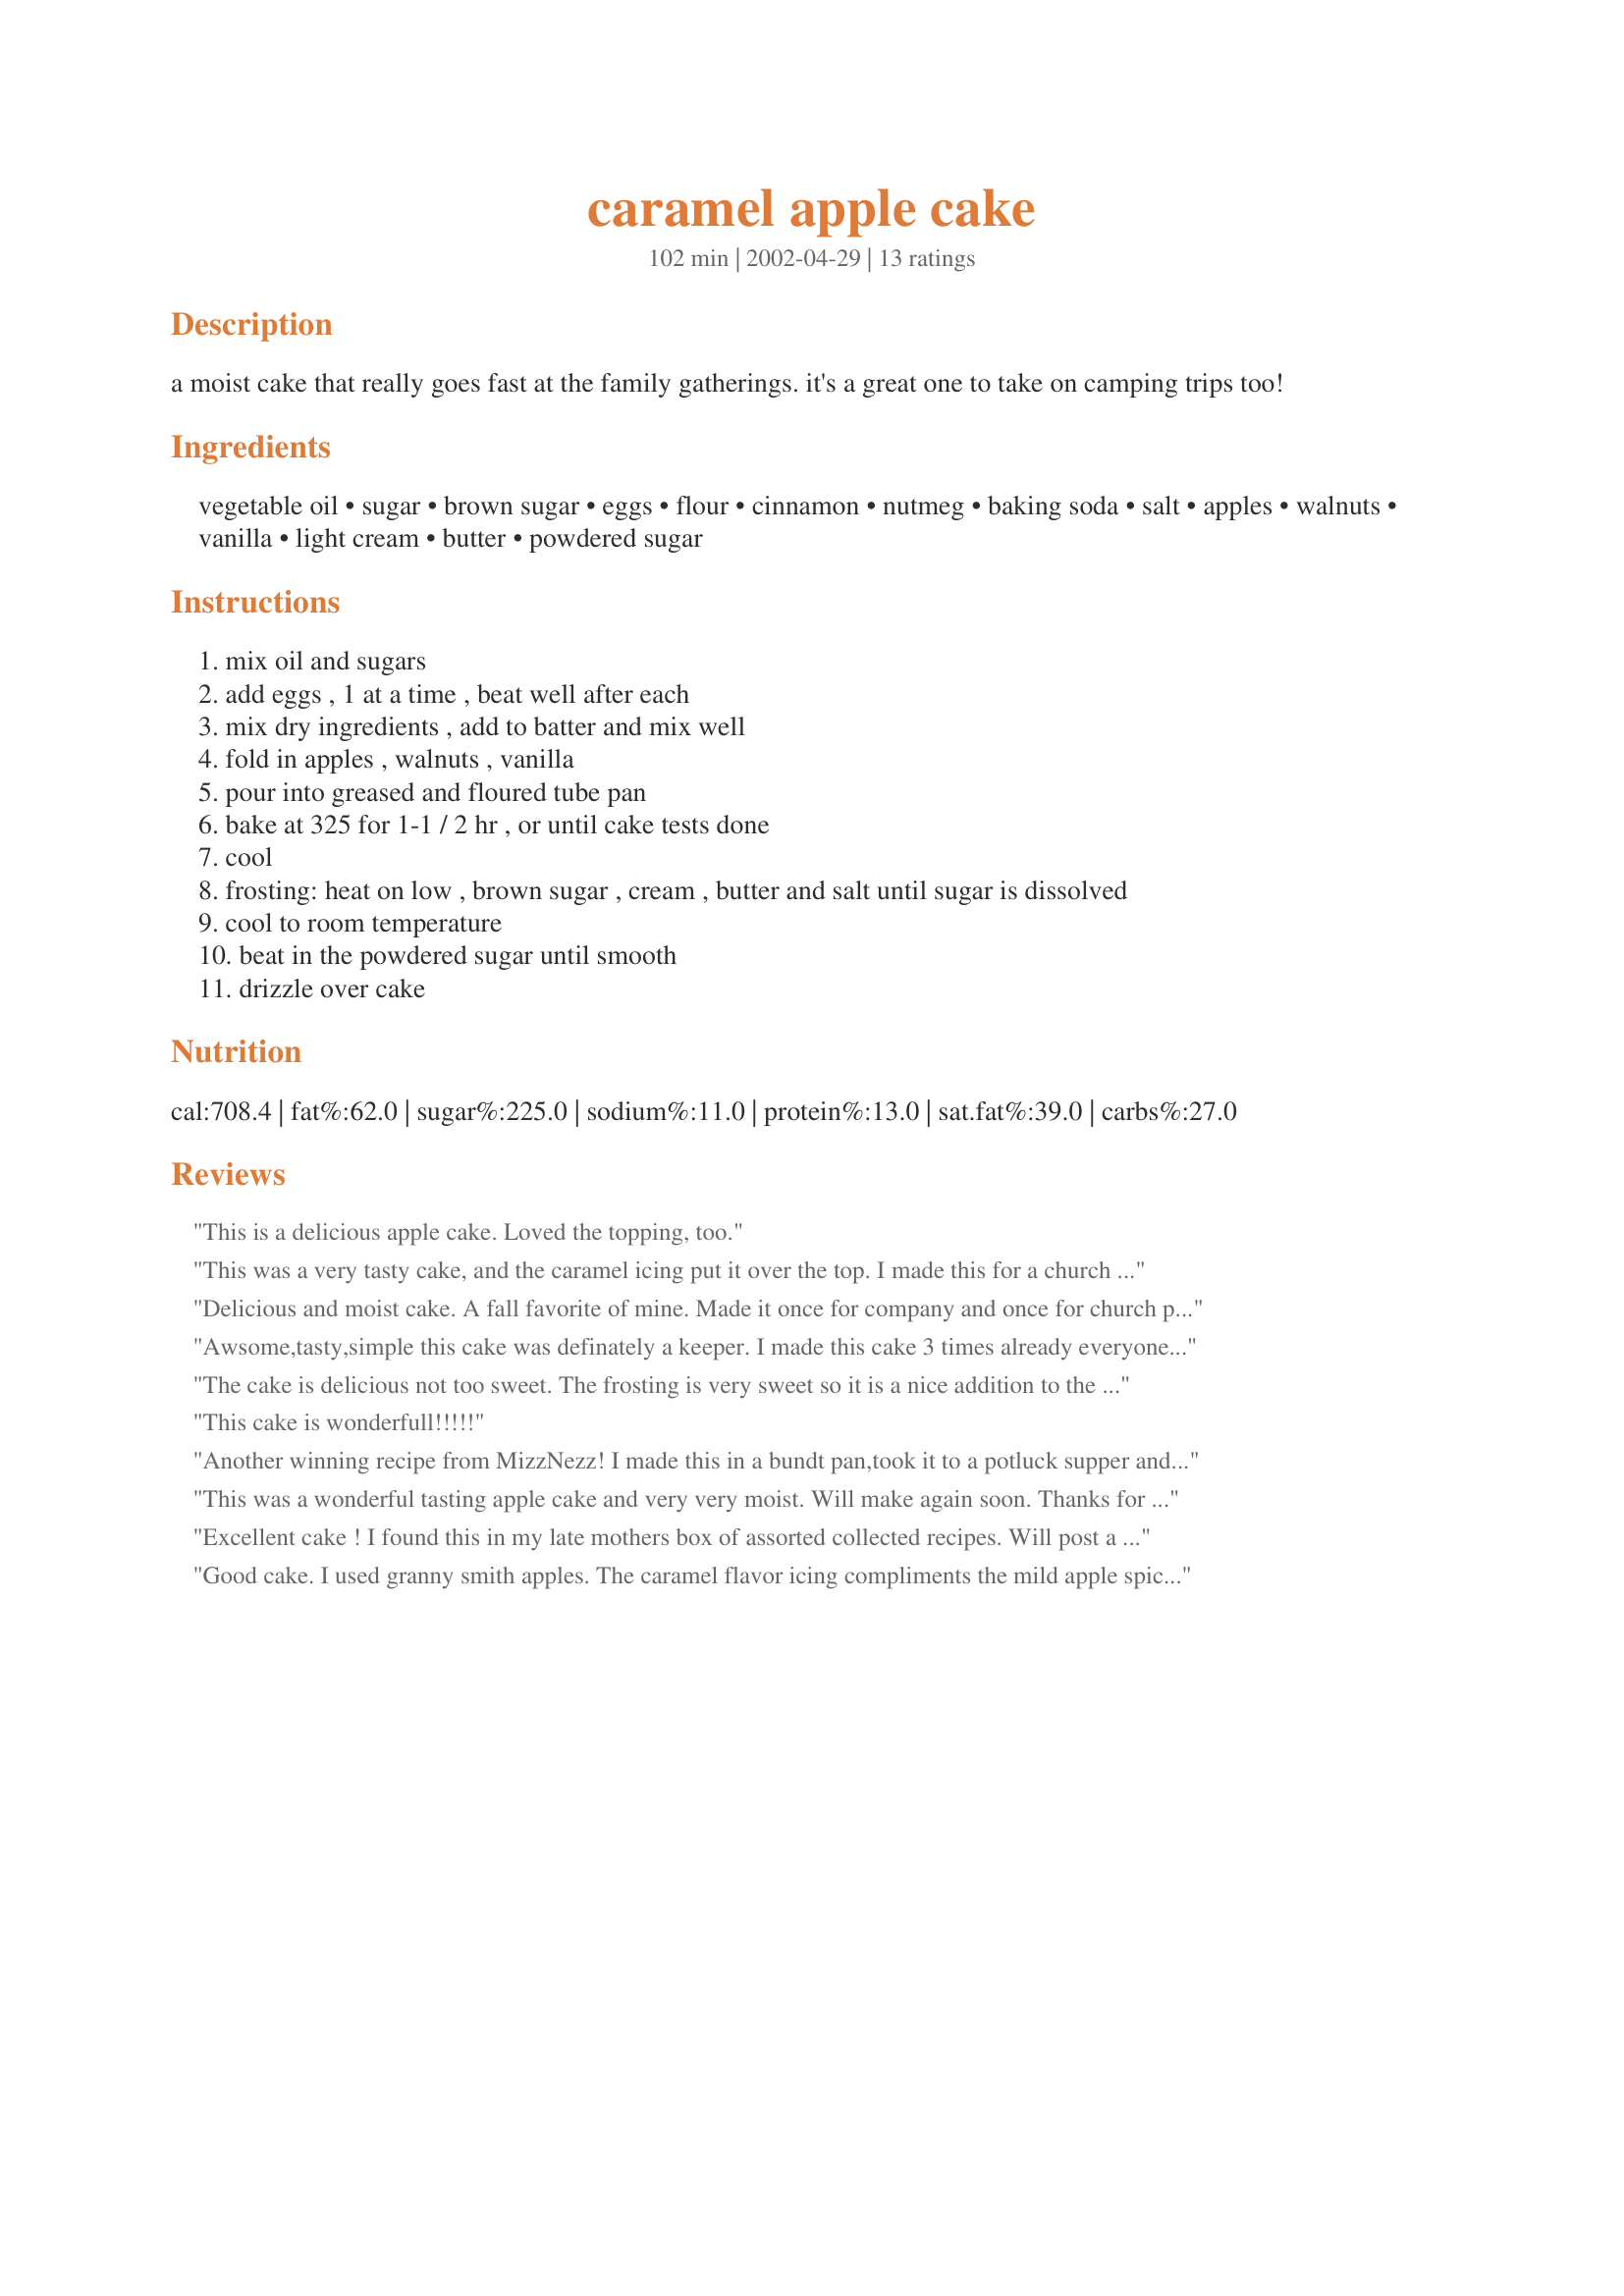
caramel apple cake
Preparation time: 102 minutes

a moist cake that really goes fast at the family gatherings. it's a great one to take on camping trips too!

Ingredients:
vegetable oil, sugar, brown sugar, eggs, flour, cinnamon, nutmeg, baking soda, salt, apples, walnuts, vanilla, light cream, butter, powdered sugar

Steps:
mix oil and sugars
add eggs , 1 at a time , beat well after each
mix dry ingredients , add to batter and mix well
fold in apples , walnuts , vanilla
pour into greased and floured tube pan
bake at 325 for 1-1 / 2 hr , or until cake tests done
cool
frosting: heat on low , brown sugar , cream , butter and salt until sugar is dissolved
cool to room temperature
beat in the powdered sugar until smooth
drizzle over cake

Reviews:
This is a delicious apple cake. Loved the topping, too.
This was a very tasty cake, and the caramel icing put it over the top. I made this for a church function, and not a crumb remained when we were done. I used tart apples, which I think is a must to balance the sweetness of the cake and icing. I added 1/2 teaspoon of ginger with the spices, as I do with my apple pies, and I used 1/2 cup of melted butter for part of the oil. I&#039;ve got apples in the kitchen all ready to dice up for a repeat cake performance!
Delicious and moist cake. A fall favorite of mine. Made it once for company and once for church potluck. It went fast! Will be making this again. My mom always makes this cake with just a sprinkling of powdered sugar instead of frosting. It's good that way, too!
Awsome,tasty,simple this cake was definately a keeper. I made this cake 3 times already everyone loved it. this cake has the same consistancy as a carrot cake. So I used a cream cheese frosting on it 
and excellant as well as the caramel i change the frosting for a change. Wouldn' change a thing in this recipe.
Thank you so much for posting this one.
lynn
The cake is delicious not too sweet. The frosting is very sweet so it is a nice addition to the cake.
This cake is wonderfull!!!!!
Another winning recipe from MizzNezz! I made this in a bundt pan,took it to a potluck supper and it got rave reviews. I used about 3/4 cup of oil and 3/4 cup of applesauce to cut the fat. Also, I was worried about allergies to nuts so I didn't add the walnuts and instead used 1/2 cup of oats to give it a bit of texture. There is a lot of wonderful, gooey caramel frosting -what a treat! My cake took 1 hour and 20 minutes to cook. The cake is very moist and very tasty - and tastes just as good the next day. Definitely a keeper!
This was a wonderful tasting apple cake and very very moist. Will make again soon. Thanks for posting.
Excellent cake ! I found this in my late mothers box of assorted collected recipes. Will post a picture of this . The original called for a tube pan ,bbut the bundt was prettier. This cake is so moist and good . The caramel icing just makes it. I did add a touch of vanilla to caramel icing This is a great cake to take to .
Good cake. I used granny smith apples. The caramel flavor icing compliments the mild apple spice flavor of this cake nicely. I used a 9x13 pan since I didn't have a bundt pan. I baked the cake for an hour and ten minutes and it was slightly over baked. I think that the ideal baking time for this cake in a 9x13 pan would be an hour.
My grandmother made a cake very like this. It was awesome! I am going to try it.
Urp29
WOW!!!! This cake is delicious! I used the golden Delicious apples. The cake was very moist! Another keeper! Thank you Inez ; )
Would it be possible to use sour cream instead of or in conjunction with the oil? Cheers; Bobby
